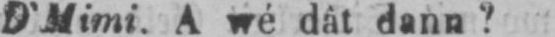
D’Mimi. A wé dât dann?